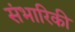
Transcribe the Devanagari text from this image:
संभारिकी